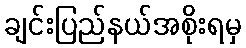
ချင်းပြည်နယ်အစိုးရမှ